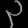
Digit: ၃